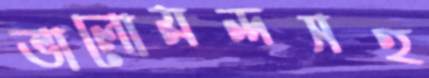
ভালোমন্দসহ